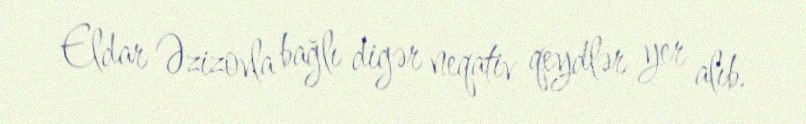
Eldar Əzizovla bağlı digər neqativ qeydlər yer alıb.